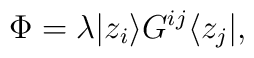
\Phi=\lambda|z_i\rangle G^{ij}\langle z_j|,